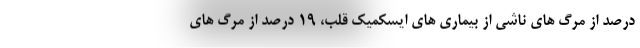
درصد از مرگ های ناشی از بیماری های ایسکمیک قلب، ۱۹ درصد از مرگ های